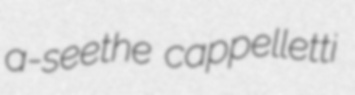
a-seethe cappelletti